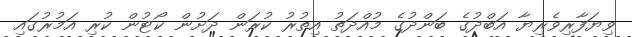
ވިޔަފާރިވެރިޔާ އަބްދުގެ ބަންދުގެ މުއްދަތު އިތުރު ކުރަން ދަށުން ކޯޓުން ކުރި އަމުރުގައި